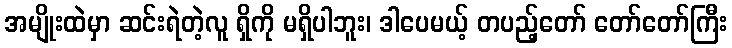
အမျိုးထဲမှာ ဆင်းရဲတဲ့လူ ရှိကို မရှိပါဘူး၊ ဒါပေမယ့် တပည့်တော် တော်တော်ကြီး